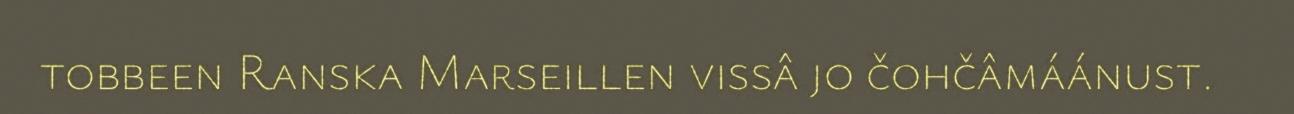
tobbeen Ranska Marseillen vissâ jo čohčâmáánust.